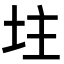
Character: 𡊲